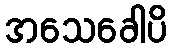
အသေခေါပိ